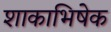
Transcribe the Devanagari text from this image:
शाकाभिषेक